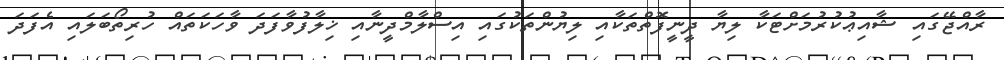
ރާއްޖޭގައި ޝާއިޢުކުރުމަށްޓަކާ ލިޔާ ދީނީފޮތްތަކާއި ލިޔުންތަކުގައި އިސްލާމްދީނާއި ޚިލާފުވާފަދަ ވާހަކަތައް ހުރިތޯބަލައި އެފަދަ